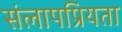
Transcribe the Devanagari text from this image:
संलापप्रियता